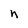
Character: n